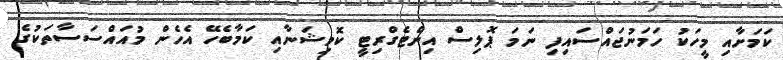
ކަމަށާއި މީހަކު ހަމަނުޖައްސައިފި ނަމަ ޕޮލިސް އިންޓެގްރިޓީ ކޮމިޝަނާއި ކަމާބެހޭ އެހެން މުއައްސަސާތަކުގެ